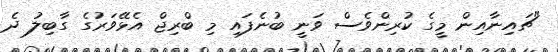
"ޗައިނާއިން މީގެ ކުރިންވެސް ވަނީ ބުނެފައި މި ބްރިޖް އެޅޭވަރުގެ ގާބިލު ދެ